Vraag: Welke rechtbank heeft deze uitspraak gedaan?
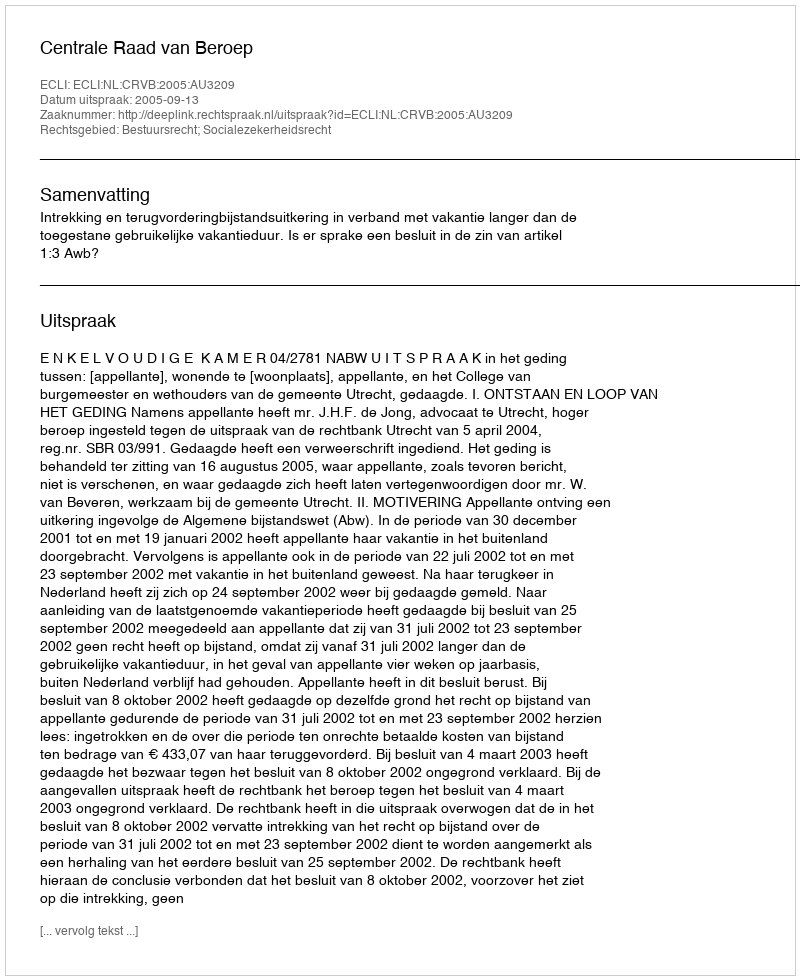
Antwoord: Centrale Raad van Beroep